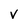
Character: V